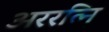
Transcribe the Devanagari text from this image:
अररत्नि